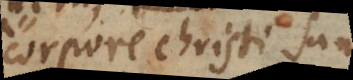
corpore Christi sunt